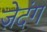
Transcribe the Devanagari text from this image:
ज़ेदंग